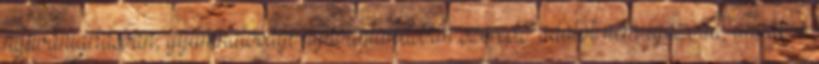
nyilvántartásban, gyámhatósági nyilvántartásban szereplő adatot nem igazolta, annak a